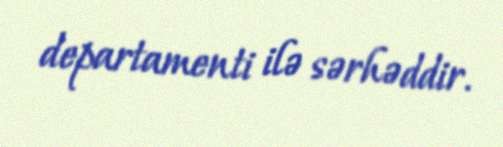
departamenti ilə sərhəddir.